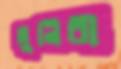
মুনিরী